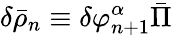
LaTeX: \delta\bar{\rho}_{n}\equiv\delta\varphi_{n+1}^{\alpha}\bar{\Pi}